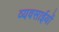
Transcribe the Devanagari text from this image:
व्यवसाईयों